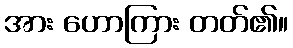
အား ဟောကြား တတ်၏။